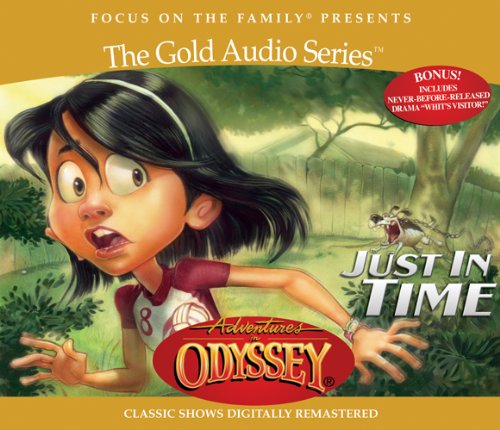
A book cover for Just in Time (Adventures in Odyssey); AIO Team; Humor & Entertainment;